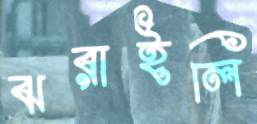
ঝরাইলি